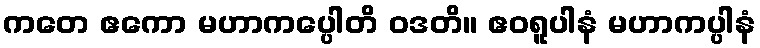
ကတေ ဧကော မဟာကပ္ပေါတိ ဝဒတိ။ ဧဝရူပါနံ မဟာကပ္ပါနံ